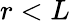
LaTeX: r<L